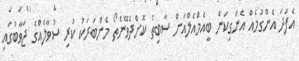
އެފަދަ އެންގުމެއް އެންގިކަން ބީއެމްއެލްއަށް ސާބިތު ކޮށްދެވޭނެތޯ މެންބަރަކު ކުރި ސުވާލެއްގެ ޖަވާބުގައި